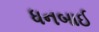
ધનબાઈ